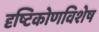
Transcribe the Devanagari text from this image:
दृष्टिकोणविशेष